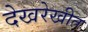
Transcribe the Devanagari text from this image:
देखरेखीत